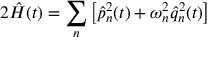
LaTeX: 2 \hat { { \cal H } } ( t ) = \sum _ { n } \left[ \hat { p } _ { n } ^ { 2 } ( t ) + \omega _ { n } ^ { 2 } \hat { q } _ { n } ^ { 2 } ( t ) \right]